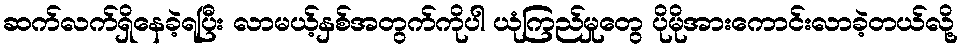
ဆက်လက်ရှိနေခဲ့ရပြီး လာမယ့်နှစ်အတွက်ကိုပါ ယုံကြည်မှုတွေ ပိုမိုအားကောင်းလာခဲ့တယ်လို့